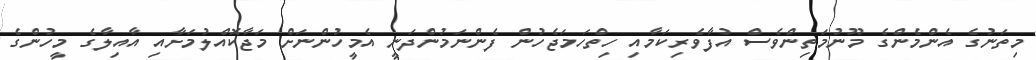
މިތަނުގެ އެންމެންގެ މޫނުމަތިންވެސް އުފާވެރިކަމާއި ހިތްހަމަޖެހުން ފެންނަމުންދަނީ އެމީހުންނަށް މަޖާކޮއްލުމަށާއި އާއިލާގެ މީހުންގެ